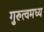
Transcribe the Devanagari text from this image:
गुरुत्वमध्य